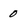
Character: 0